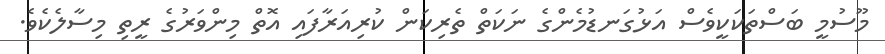
މޫސުމީ ބަސްތަކަކީވެސް އަޅުގަނޑުމެންގެ ނަކަތް ތެރިކަން ކުރިއަރާފައި އޮތް މިންވަރުގެ ރީތި މިސާލެކެވެ.